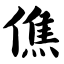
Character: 僬